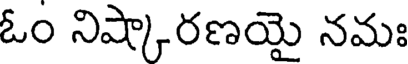
ఓం నిష్కారణయై నమః